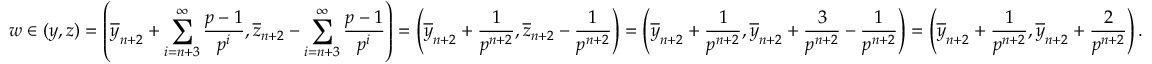
w \in ( y , z ) = \left( \overline { { y } } _ { n + 2 } + \sum _ { i = n + 3 } ^ { \infty } \frac { p - 1 } { p ^ { i } } , \overline { { z } } _ { n + 2 } - \sum _ { i = n + 3 } ^ { \infty } \frac { p - 1 } { p ^ { i } } \right) = \left( \overline { { y } } _ { n + 2 } + \frac { 1 } { p ^ { n + 2 } } , \overline { { z } } _ { n + 2 } - \frac { 1 } { p ^ { n + 2 } } \right) = \left( \overline { { y } } _ { n + 2 } + \frac { 1 } { p ^ { n + 2 } } , \overline { { y } } _ { n + 2 } + \frac { 3 } { p ^ { n + 2 } } - \frac { 1 } { p ^ { n + 2 } } \right) = \left( \overline { { y } } _ { n + 2 } + \frac { 1 } { p ^ { n + 2 } } , \overline { { y } } _ { n + 2 } + \frac { 2 } { p ^ { n + 2 } } \right) .